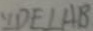
\because D E \bot A B